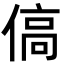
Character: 傐